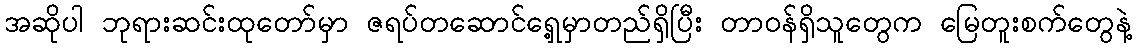
အဆိုပါ ဘုရားဆင်းထုတော်မှာ ဇရပ်တဆောင်ရှေ့မှာတည်ရှိပြီး တာဝန်ရှိသူတွေက မြေတူးစက်တွေနဲ့